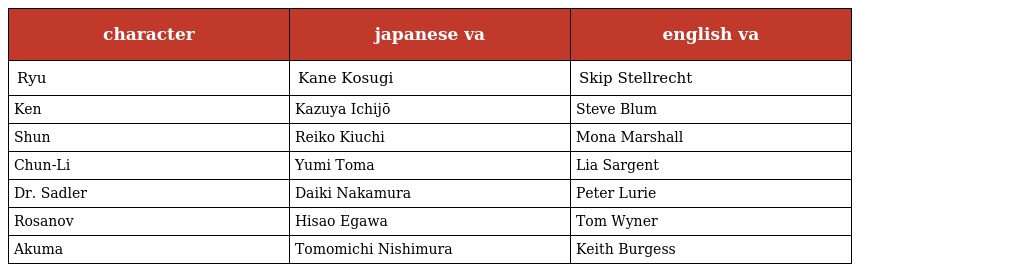
| character | japanese va | english va |
 | --- | --- | --- |
 | Ryu | Kane Kosugi | Skip Stellrecht |
 | Ken | Kazuya Ichijō | Steve Blum |
 | Shun | Reiko Kiuchi | Mona Marshall |
 | Chun-Li | Yumi Toma | Lia Sargent |
 | Dr. Sadler | Daiki Nakamura | Peter Lurie |
 | Rosanov | Hisao Egawa | Tom Wyner |
 | Akuma | Tomomichi Nishimura | Keith Burgess |